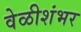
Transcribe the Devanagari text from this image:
वेळीशंभर